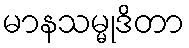
မာနသမ္မုဒိတာ